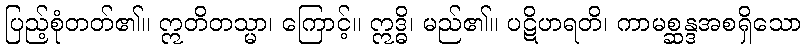
ပြည့်စုံတတ်၏။ ဣတိတသ္မာ၊ ကြောင့်။ ဣဒ္ဓိ၊ မည်၏။ ပဋိဟရတိ၊ ကာမစ္ဆန္ဒအစရှိသော